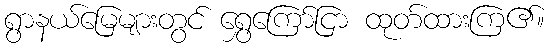
ရွာနယ်မြေများတွင် ရွှေကြော်ငြာ ထုတ်ထားကြ၏။